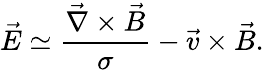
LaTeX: \vec{E}\simeq\frac{\vec{\nabla}\times\vec{B}}{\sigma}-\vec{v}\times\vec{B}.